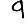
Digit: 9